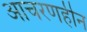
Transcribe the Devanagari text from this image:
आचरणहीन